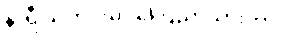
နာရီ သတင်းမှာ ကြေညာသွားတာပါ။